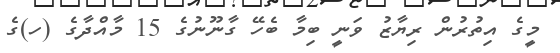
މީގެ އިތުރުން ރިޔާޒު ވަނީ ބިމާ ބެހޭ ގާނޫނުގެ 15 މާއްދާގެ (ހ)ގެ